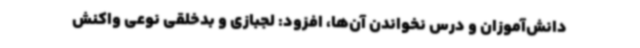
دانش‌آموزان و درس نخواندن آن‌ها، افزود: لجبازی و بدخلقی نوعی واکنش